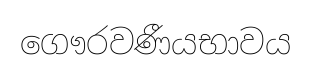
ගෞරවණීයභාවය